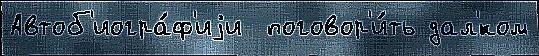
Автоб'иогра́ф'иjи  поговор'и́ть дал'́ком